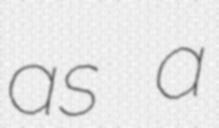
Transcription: as a